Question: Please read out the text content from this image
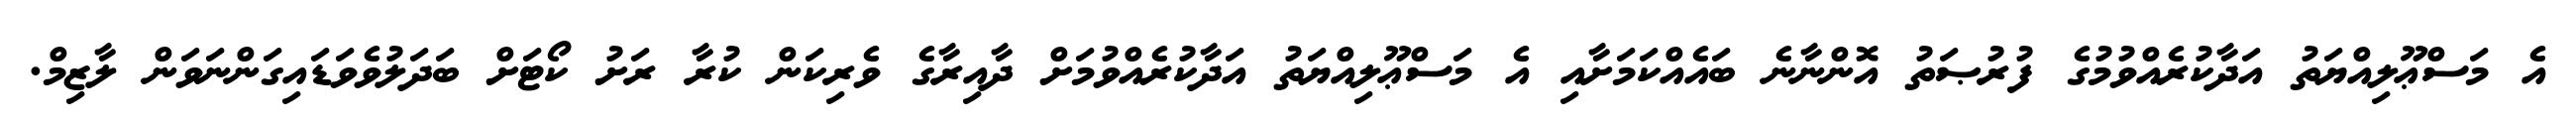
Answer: އެ މަސްޢޫލިއްޔަތު އަދާކުރެއްވުމުގެ ފުރުޞަތު އޮންނާނެ ބައެއްކަމަށާއި އެ މަސްޢޫލިއްޔަތު އަދާކުރެއްވުމަށް ދާއިރާގެ ވެރިކަން ކުރާ ރަށު ކޯޓަށް ބަދަލުވެވަޑައިގަންނަވަން ލާޒިމް.